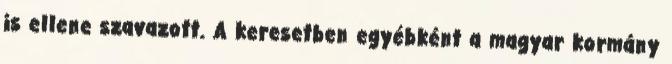
is ellene szavazott. A keresetben egyébként a magyar kormány